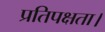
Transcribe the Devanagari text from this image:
प्रतिपक्षता।